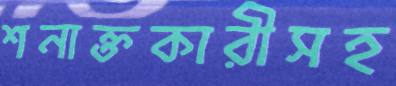
শনাক্তকারীসহ